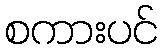
စကားပင်